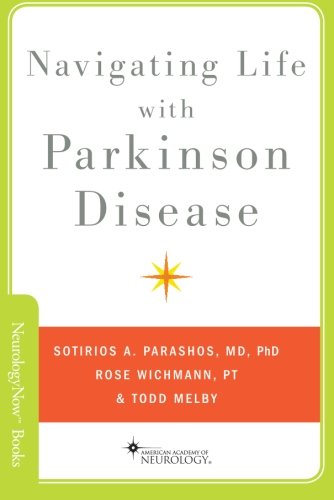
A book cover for Navigating Life with Parkinson Disease (Neurology Now Books); Sotirios Parashos; Health, Fitness & Dieting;